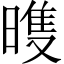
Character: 𣉲